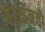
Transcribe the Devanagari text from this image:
बॅटमॅनची